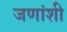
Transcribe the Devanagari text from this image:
जणांशी